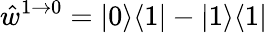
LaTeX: \hat{w}^{1\to 0}=|0\rangle\langle 1|-|1\rangle\langle 1|